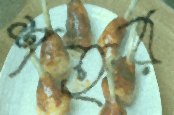
শহর